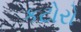
કટોરો